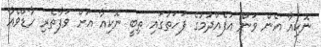
ނޮކިއާ އެން ވަން އުފެއްދުމުގެ ފަހަތުގައި ތިބީ ނޮކިއާ އަށް ވަފާތެރި ހާޑްވެއާ